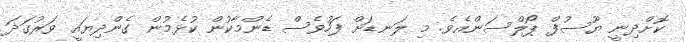
ކޮށްދިނީ ޔޫސުފް ޕޯލްސަންއެވެ. މި ލަނޑަށް ފަހުވެސް ޑެންމާކުން ކުޅެމުން ގެންދިޔައީ ވަރުގަދަ